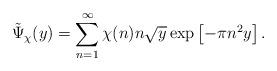
LaTeX: \begin{align*}\tilde{\Psi}_{\chi}(y) =\sum_{n=1}^{\infty}\chi(n) n \sqrt{y} \exp\left[-\pi n^2 y\right].\end{align*}